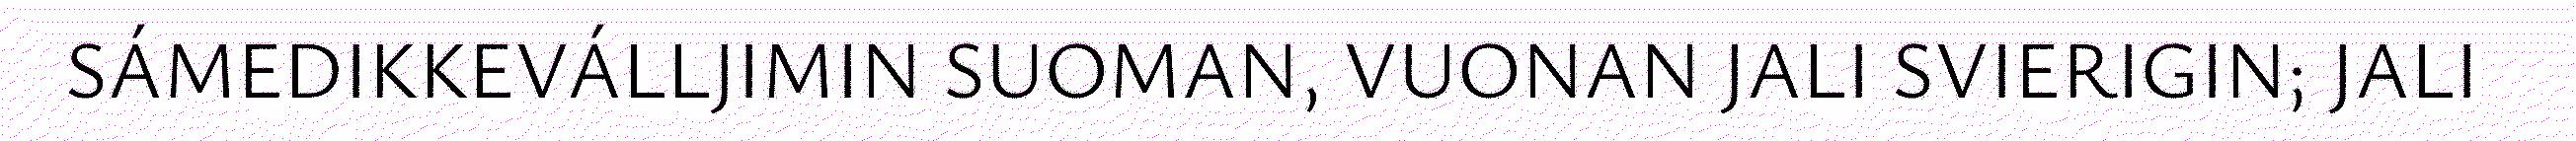
SÁMEDIKKEVÁLLJIMIN SUOMAN, VUONAN JALI SVIERIGIN; JALI